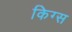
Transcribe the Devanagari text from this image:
किग्स